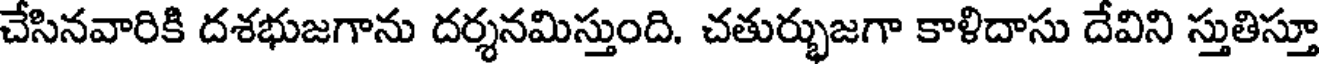
చేసినవారికి దశభుజగాను దర్శనమిస్తుంది. చతుర్భుజగా కాళిదాసు దేవిని స్తుతిస్తూ